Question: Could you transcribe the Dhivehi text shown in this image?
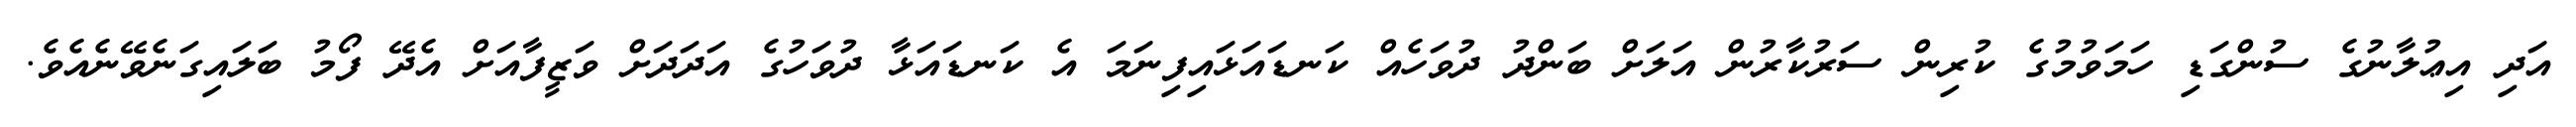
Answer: އަދި އިޢުލާނުގެ ސުންގަޑި ހަމަވުމުގެ ކުރިން ސަރުކާރުން އަލަށް ބަންދު ދުވަހެއް ކަނޑައަޅައިފިނަމަ އެ ކަނޑައަޅާ ދުވަހުގެ އަދަދަށް ވަޒީފާއަށް އެދޭ ފޯމު ބަލައިގަނެވޭނެއެވެ.